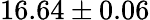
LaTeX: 16.64\pm 0.06